Indian journal of veterinary science and animal husbandry - Volume 11,
Year: 1941
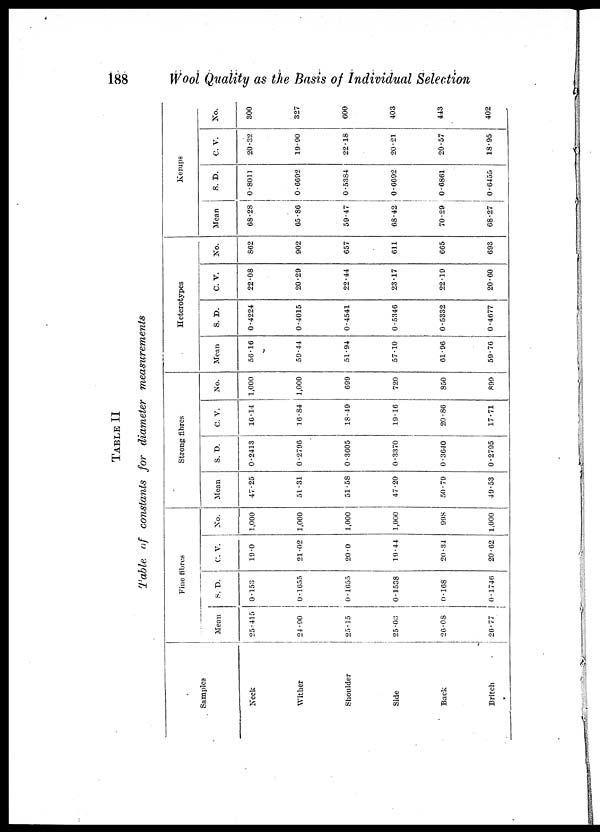
188
Wool Quality as the Basis of Individual Selection
TABLE II
Table of constants for diameter
measurements
Samples
Neck
Wither
Shoulder
Side
Back
Britch
Pine fibres
Mean
25.415
24.90
25.15
25.03
26.08
26.77
S.D.
0.153
0.1655
0.1655
0.1538
0.168
0.1746
C. V.
19.0
21.02
20.0
19.44
20.34
20.62
No.
1,000
1,000
1,000
1,000
998
1,000
Strong fibres
Mean
47.25
51.31
51.58
47.20
50.79
49.53
S. D.
0.2413
0.2796
0.3605
0.3370
0.3640
0.2795
C. V.
16.14
16.84
18.49
19.16
20.86
17.71
No.
1,000
1,000
699
720
850
899
Heterotypes
Mean
56.16
59.44
51.94
57.10
61.96
59.76
S. D.
0.4224
0.4015
0.4541
0.5346
0.5332
0.4677
C. V.
22.08
20.29
22.44
23.17
22.19
20.60
No.
862
902
657
611
665
693
Kemps
Mean
68.28
65 .86
59.47
68.42
70.29
68.27
S. D.
0.8011
0.6692
0.5384
0.6692
0.6861
0.6455
C. V.
20.32
19.90
22.18
20.21
20.57
18.95
No.
300
327
600
403
443
402